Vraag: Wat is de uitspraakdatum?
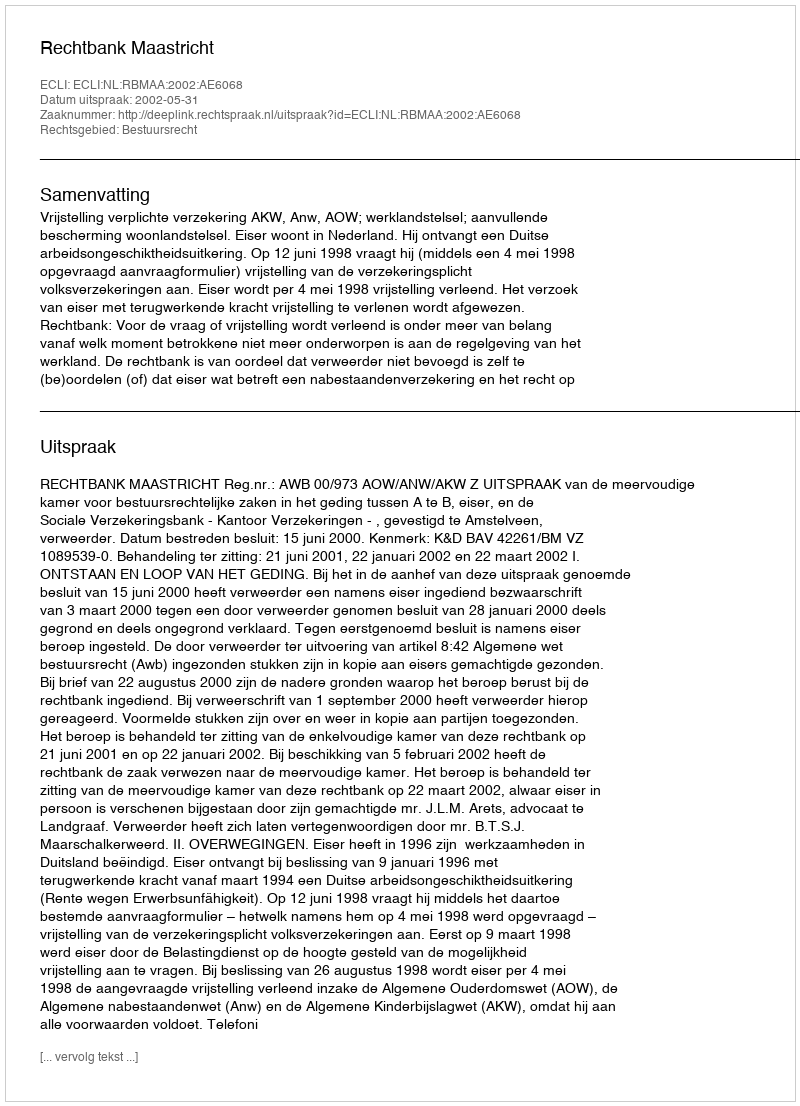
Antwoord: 2002-05-31